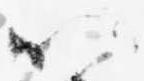
以